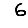
Digit: 6